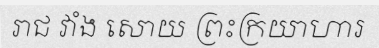
រាជ វាំង សោយ ព្រះក្រយាហារ